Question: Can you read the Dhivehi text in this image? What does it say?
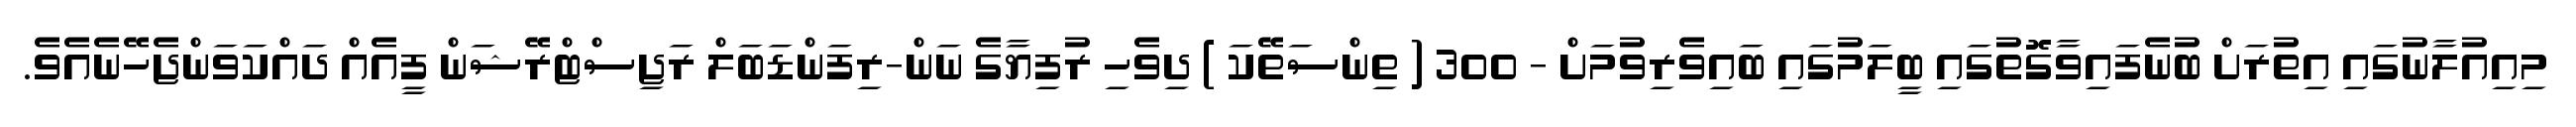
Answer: މިއިއުލާނުގައި އިތުރަށް ބުނެފައިވާގޮތުގައި ބީލަމުގައި ބައިވެރިވުމަށް - 300 ( ތިންސަތޭކަ ) ދިވެހި ރުފިޔާގެ ނަން-ރިފަންޑަބަލް ރަޖިސްޓްރޭޝަން ފީއެއް ދައްކަވަންޖެހޭނެއެވެ.